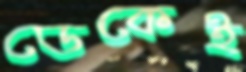
ডেকেই